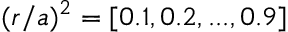
( r / a ) ^ { 2 } = [ 0 . 1 , 0 . 2 , . . . , 0 . 9 ]